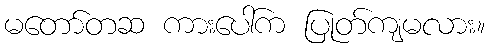
မတော်တဆ ကားပေါ်က ပြုတ်ကျမလား။